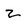
Character: z